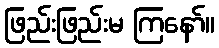
ဖြည်းဖြည်းမ ကြနော်။